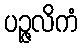
ပဉ္ဇလိကံ